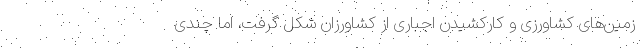
زمین‌های کشاورزی و کارکشیدن اجباری از کشاورزان شکل گرفت، اما چندی